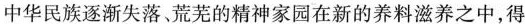
中华民族逐渐失落，荒芜的精神家园在新的养料滋养之中，得